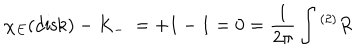
LaTeX: \chi _ { E } ( \mathrm { d i s k } ) - K _ { - } \ = + 1 - 1 = 0 = { \frac { 1 } { 2 \pi } } \int { } ^ { ( 2 ) } R